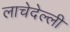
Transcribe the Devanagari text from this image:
लाचेदेल्ली